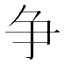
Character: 争